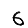
Digit: 6